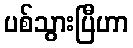
ပစ်သွားပြီဟာ